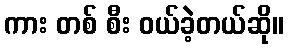
ကား တစ် စီး ဝယ်ခဲ့တယ်ဆို။